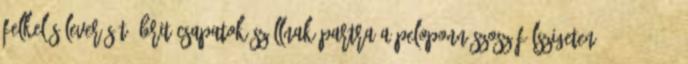
felkelés leverését. Brit csapatok szállnak partra a Peloponnészosz-félszigeten. 1944.10.03.